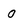
Character: O